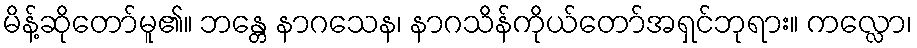
မိန့်ဆိုတော်မူ၏။ ဘန္တေ နာဂသေန၊ နာဂသိန်ကိုယ်တော်အရှင်ဘုရား။ ကလ္လော၊